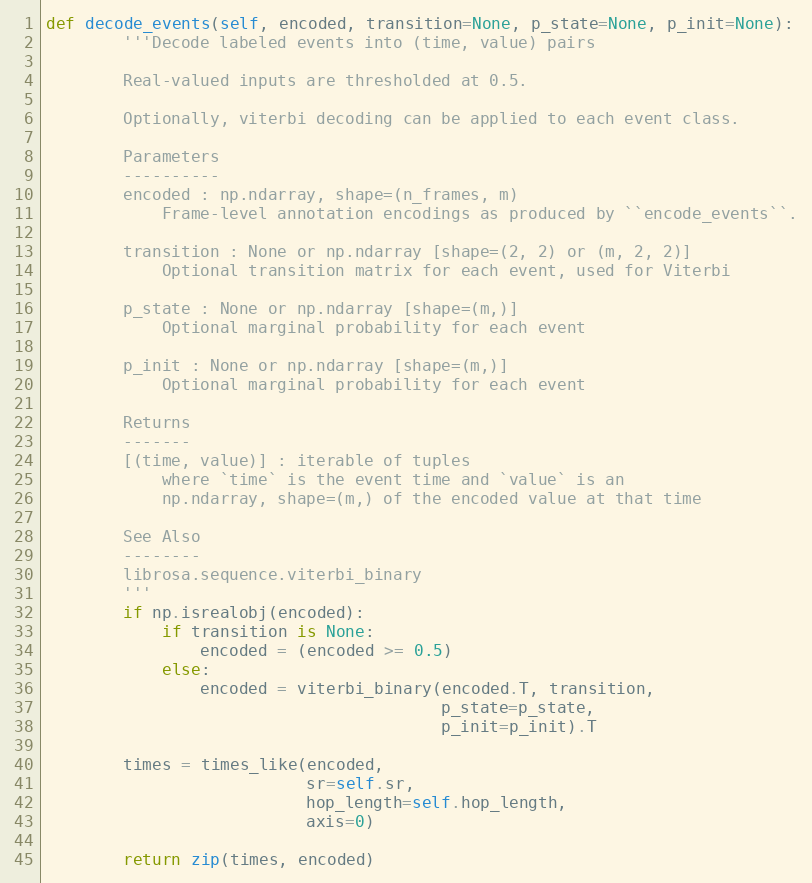
Language: Python
def decode_events(self, encoded, transition=None, p_state=None, p_init=None):
        '''Decode labeled events into (time, value) pairs

        Real-valued inputs are thresholded at 0.5.

        Optionally, viterbi decoding can be applied to each event class.

        Parameters
        ----------
        encoded : np.ndarray, shape=(n_frames, m)
            Frame-level annotation encodings as produced by ``encode_events``.

        transition : None or np.ndarray [shape=(2, 2) or (m, 2, 2)]
            Optional transition matrix for each event, used for Viterbi

        p_state : None or np.ndarray [shape=(m,)]
            Optional marginal probability for each event

        p_init : None or np.ndarray [shape=(m,)]
            Optional marginal probability for each event

        Returns
        -------
        [(time, value)] : iterable of tuples
            where `time` is the event time and `value` is an
            np.ndarray, shape=(m,) of the encoded value at that time

        See Also
        --------
        librosa.sequence.viterbi_binary
        '''
        if np.isrealobj(encoded):
            if transition is None:
                encoded = (encoded >= 0.5)
            else:
                encoded = viterbi_binary(encoded.T, transition,
                                         p_state=p_state,
                                         p_init=p_init).T

        times = times_like(encoded,
                           sr=self.sr,
                           hop_length=self.hop_length,
                           axis=0)

        return zip(times, encoded)